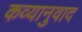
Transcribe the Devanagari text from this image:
कव्यानुवाद